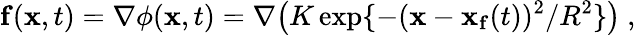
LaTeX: \mathbf{f}(\mathbf{x},t)=\nabla\phi(\mathbf{x},t)=\nabla\big(K\exp\{ -(\mathbf{x}-\mathbf{x_{f}}(t))^{2}/R^{2}\} \big)~,